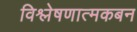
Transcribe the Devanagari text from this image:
विश्लेषणात्मकबन